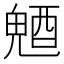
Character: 𨡛